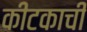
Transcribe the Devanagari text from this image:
कीटकाची